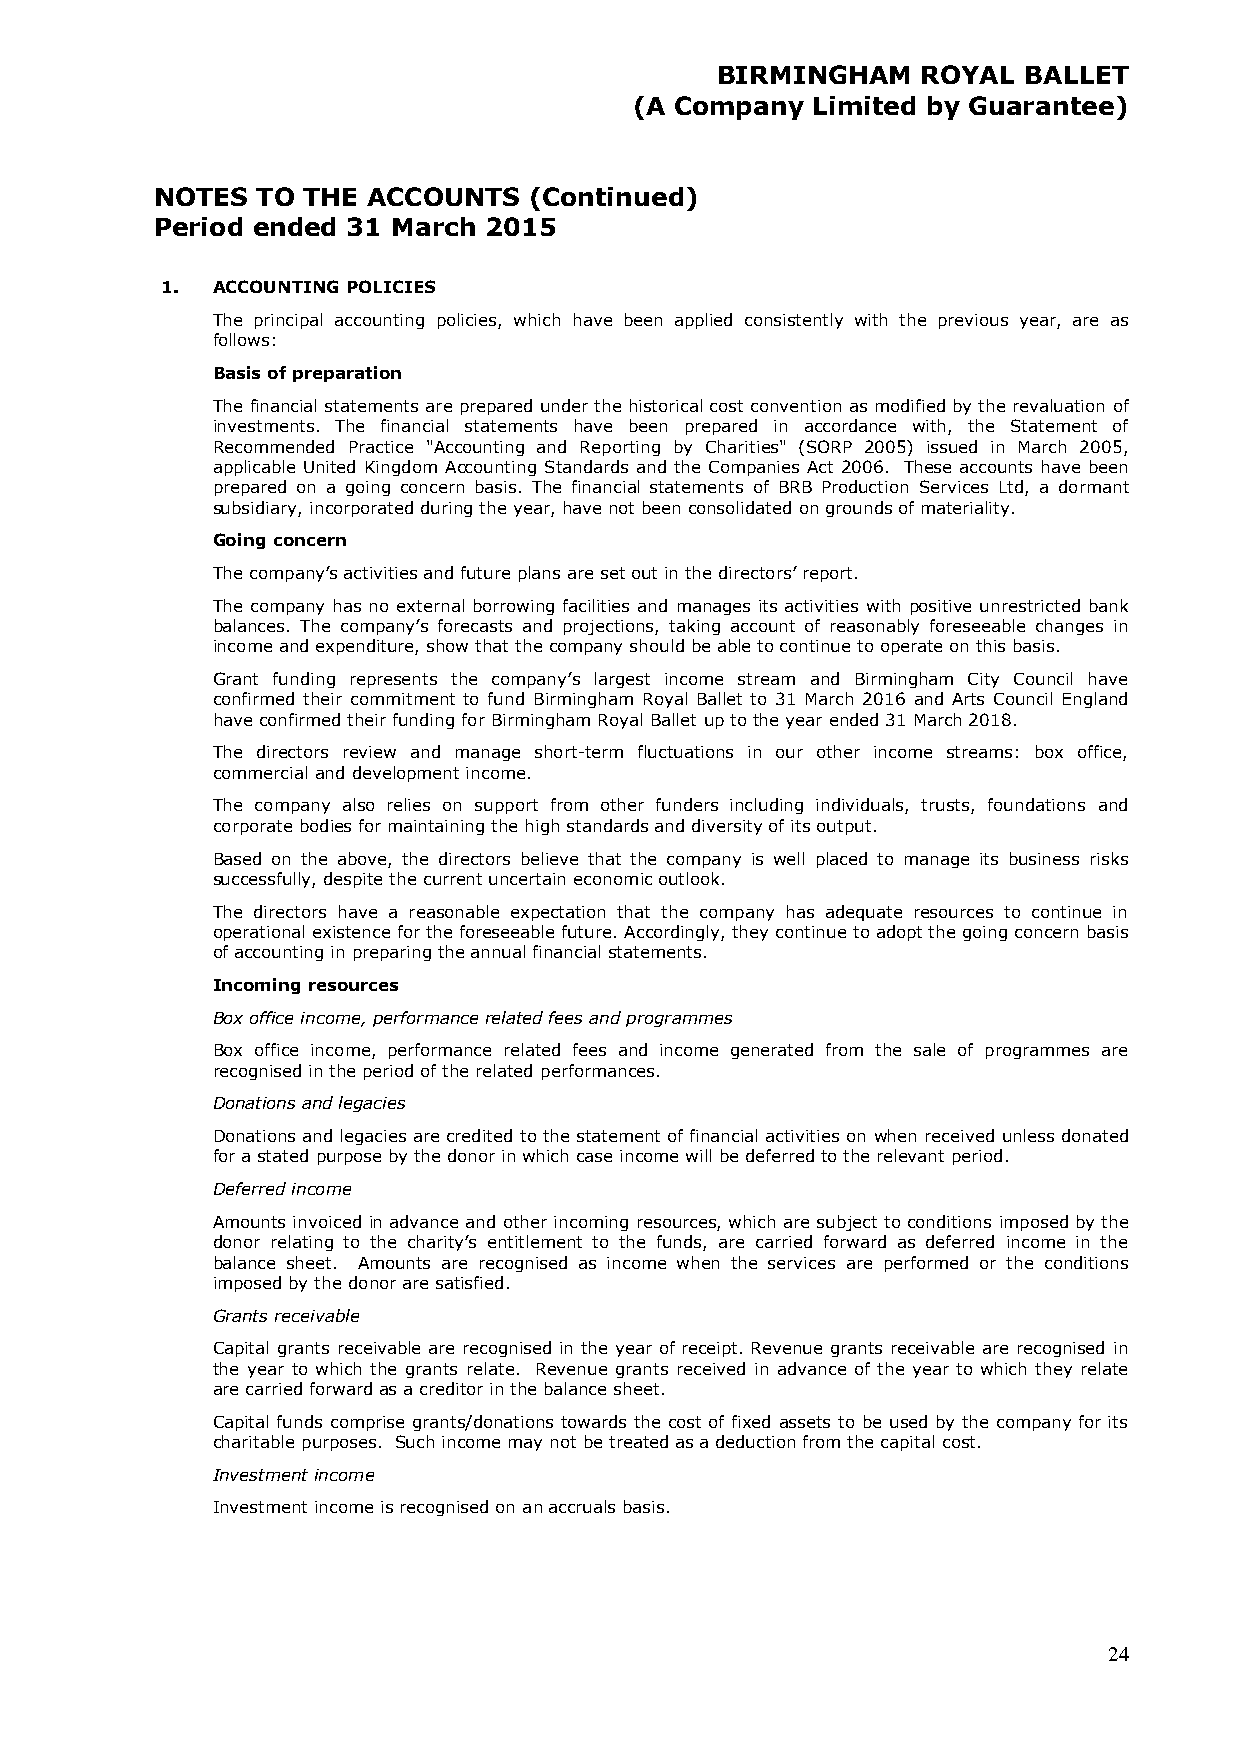
BIRMINGHAM    ROYAL  BALLET
 (A Company  Limited by Guarantee)
 NOTES  TO THE ACCOUNTS   (Continued)
 Period ended 31 March 2015
 1. ACCOUNTING POLICIES
 The principal accounting policies, which have been applied consistently with the previous year, are as
 follows:
 Basis of preparation
 The financial statements are prepared under the historical cost convention as modified by the revaluation of
 investments. The financial statements have been prepared in accordance with, the Statement of
 Recommended Practice "Accounting and Reporting by Charities" (SORP 2005) issued in March 2005,
 applicable United Kingdom Accounting Standards and the Companies Act 2006. These accounts have been
 prepared on a going concern basis. The financial statements of BRB Production Services Ltd, a dormant
 subsidiary, incorporated during the year, have not been consolidated on grounds of materiality.
 Going concern
 The company’s activities and future plans are set out in the directors’ report.
 The company has no external borrowing facilities and manages its activities with positive unrestricted bank
 balances. The company’s forecasts and projections, taking account of reasonably foreseeable changes in
 income and expenditure, show that the company should be able to continue to operate on this basis.
 Grant funding represents the company’s largest income stream and Birmingham City Council have
 confirmed their commitment to fund Birmingham Royal Ballet to 31 March 2016 and Arts Council England
 have confirmed their funding for Birmingham Royal Ballet up to the year ended 31 March 2018.
 The directors review and manage short-term fluctuations in our other income streams: box office,
 commercial and development income.
 The company also relies on support from other funders including individuals, trusts, foundations and
 corporate bodies for maintaining the high standards and diversity of its output.
 Based on the above, the directors believe that the company is well placed to manage its business risks
 successfully, despite the current uncertain economic outlook.
 The directors have a reasonable expectation that the company has adequate resources to continue in
 operational existence for the foreseeable future. Accordingly, they continue to adopt the going concern basis
 of accounting in preparing the annual financial statements.
 Incoming resources
 Box office income, performance related fees and programmes
 Box office income, performance related fees and income generated from the sale of programmes are
 recognised in the period of the related performances.
 Donations and legacies
 Donations and legacies are credited to the statement of financial activities on when received unless donated
 for a stated purpose by the donor in which case income will be deferred to the relevant period.
 Deferred income
 Amounts invoiced in advance and other incoming resources, which are subject to conditions imposed by the
 donor relating to the charity’s entitlement to the funds, are carried forward as deferred income in the
 balance sheet. Amounts are recognised as income when the services are performed or the conditions
 imposed by the donor are satisfied.
 Grants receivable
 Capital grants receivable are recognised in the year of receipt. Revenue grants receivable are recognised in
 the year to which the grants relate. Revenue grants received in advance of the year to which they relate
 are carried forward as a creditor in the balance sheet.
 Capital funds comprise grants/donations towards the cost of fixed assets to be used by the company for its
 charitable purposes. Such income may not be treated as a deduction from the capital cost.
 Investment income
 Investment income is recognised on an accruals basis.
 24